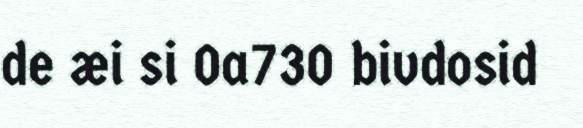
de æi si 0a730 bivdosid